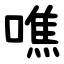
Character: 噍